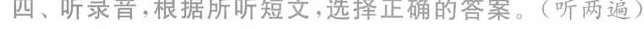
四、听录音,根据所听短文,选择正确的答案.(听两遍)